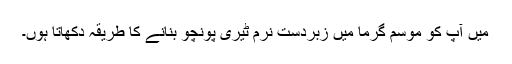
میں آپ کو موسم گرما میں زبردست نرم ٹیری پونچو بنانے کا طریقہ دکھاتا ہوں۔